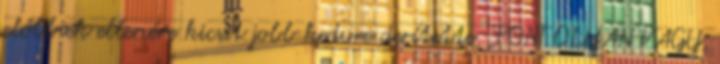
előbbiek ellenére kicsit jobb kedvre derítette. „PONT OLYAN VAGY,